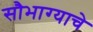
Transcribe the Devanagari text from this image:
सौभाग्याचे